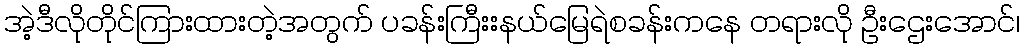
အဲ့ဒီလိုတိုင်ကြားထားတဲ့အတွက် ပခန်းကြီးးနယ်မြေရဲစခန်းကနေ တရားလို ဦးဌေးအောင်၊